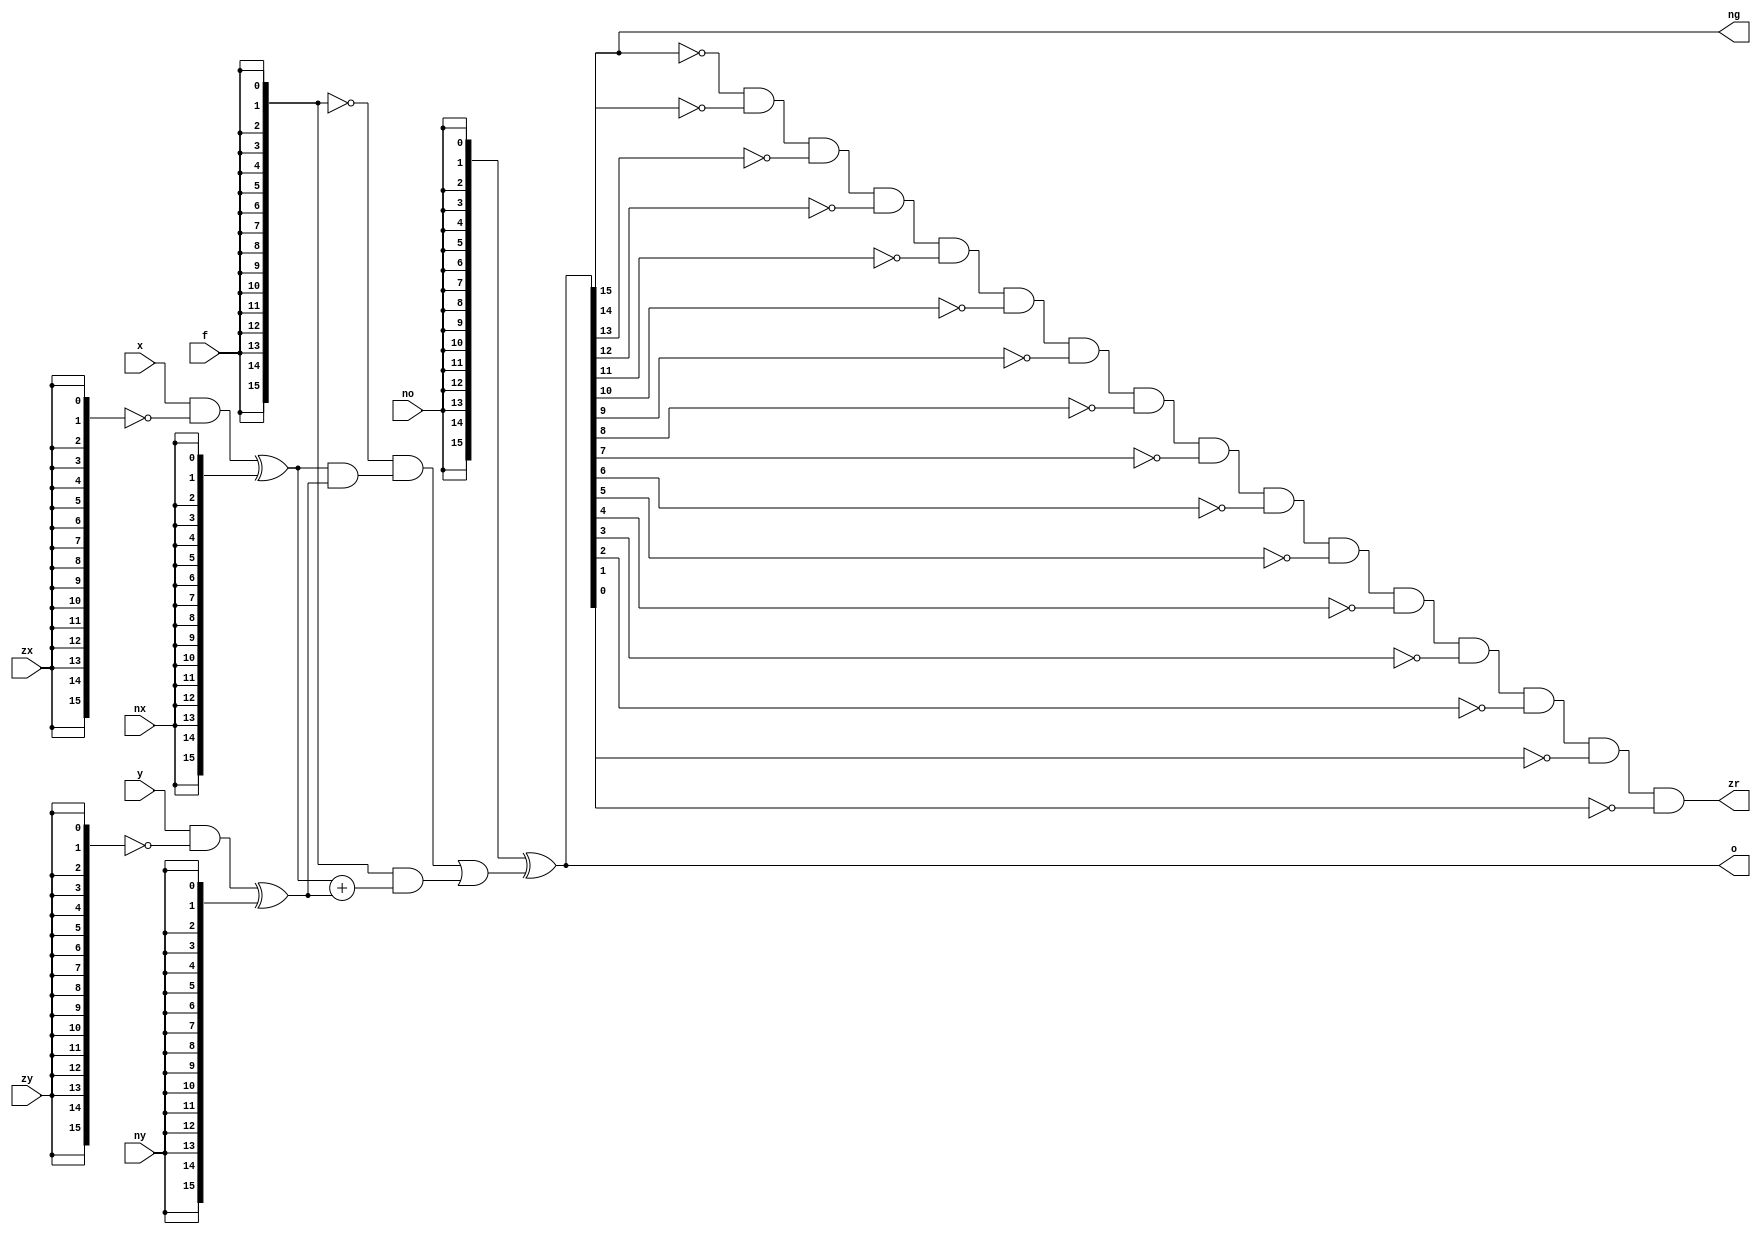
`timescale 1ns / 1ps
//////////////////////////////////////////////////////////////////////////////////
// Company: 
// Engineer: 
// 
// Design Name: 
// Module Name: ALU
// Project Name: 
// Target Devices: 
// Tool Versions: 
// Description: 
// 
// Dependencies: 
// 
// Revision:
// Revision 0.01 - File Created
// Additional Comments:
// 
//////////////////////////////////////////////////////////////////////////////////


module ALU(
    input wire [15:0]x, 
    input wire [15:0]y,
    input wire zx, nx, zy, ny, f, no,
    output wire [15:0]o,
    output wire zr, ng
    );
    
    wire [15:0]zx_o, temp1;
    assign temp1 = {16{zx}};
    assign zx_o = x & ~temp1;
    
    wire [15:0] nx_o, temp2;
    assign temp2= {16{nx}};
    assign nx_o = zx_o^temp2;
    
    wire [15:0] zy_o, temp3;
    assign temp3 = {16{zy}};
    assign zy_o = y & ~temp3;
    
    wire [15:0] ny_o, temp4;
    assign temp4 = {16{ny}};
    assign ny_o = zy_o ^ temp4;
    
    wire [15:0]f_o, temp5;
    assign temp5 = {16{f}};
    assign f_o = ~temp5 & (nx_o&ny_o) | temp5 & (nx_o+ny_o);

    wire [15:0] temp6;
    assign temp6 = {16{no}};
    assign o = temp6 ^ f_o;
    
    assign zr = ~o[15]&~o[14]&~o[13]&~o[12]&~o[11]&~o[10]&~o[9]&~o[8]&~o[7]&~o[6]&~o[5]&~o[4]&~o[3]&~o[2]&~o[1]&~o[0];
    assign ng = o[15];

endmodule
//module ALU(
//    input wire [15:0] x,
//    input wire [15:0] y,
//    input wire zx, nx, zy, ny, f, no,
//    output wire [15:0] o,
//    output wire zr, ng
//);

//wire [15:0] zx_o; wire [15:0] mul_zx;
//assign mul_zx = {16{zx}};
//assign zx_o = x&~mul_zx;
//wire [15:0] nx_o; wire [15:0] mul_nx;
//assign mul_nx = {16{nx}};
//assign nx_o = zx_o^mul_nx;

//wire [15:0] zy_o; wire [15:0] mul_zy;
//assign mul_zy = {16{zy}};
//assign zy_o = y&~mul_zy;
//wire [15:0] ny_o; wire [15:0] mul_ny;
//assign mul_ny = {16{ny}};
//assign ny_o = zy_o^mul_ny;

//wire [15:0] f_o; wire [15:0] mul_f;
//assign mul_f = {16{f}};
//assign f_o = ~mul_f&(nx_o&ny_o) | mul_f&(nx_o+ny_o);
//wire [15:0] mul_no;
//assign mul_no = {16{no}};
//assign o = f_o^mul_no;

//assign zr = ~o[15]&~o[14]&~o[13]&~o[12]&~o[11]&~o[10]&~o[9]&~o[8]&~o[7]&~o[6]&~o[5]&~o[4]&~o[3]&~o[2]&~o[1]&~o[0];
//assign ng = o[15];

//endmodule